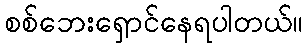
စစ်ဘေးရှောင်နေရပါတယ်။